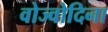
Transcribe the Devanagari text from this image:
वोज्वोदिना